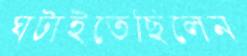
ঘটাইতেছিলেন